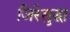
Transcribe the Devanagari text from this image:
जिरेसुद्धा